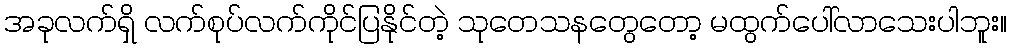
အခုလက်ရှိ လက်စုပ်လက်ကိုင်ပြနိုင်တဲ့ သုတေသနတွေတော့ မထွက်ပေါ်လာသေးပါဘူး။